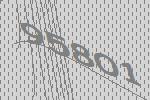
95801